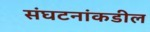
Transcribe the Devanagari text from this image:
संघटनांकडील